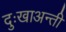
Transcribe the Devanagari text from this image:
दुःखाअन्ती